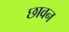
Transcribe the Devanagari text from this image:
छावन